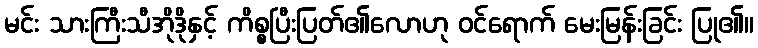
မင်း သားကြီးသီအိုဒိုနှင့် ကိစ္စပြီးပြတ်၏လောဟု ဝင်ရောက် မေးမြန်းခြင်း ပြု၏။